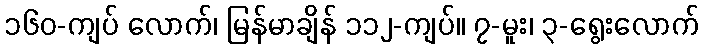
၁၆၀-ကျပ် လောက်၊ မြန်မာချိန် ၁၁၂-ကျပ်။ ၇-မူး၊ ၃-ရွေးလောက်